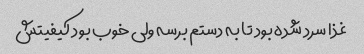
غذا سرد شده بود تا به دستم برسه ولی خوب بود کیفیتش